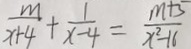
\frac { m } { x + 4 } + \frac { 1 } { x - 4 } = \frac { m + 5 } { x ^ { 2 } - 1 6 }